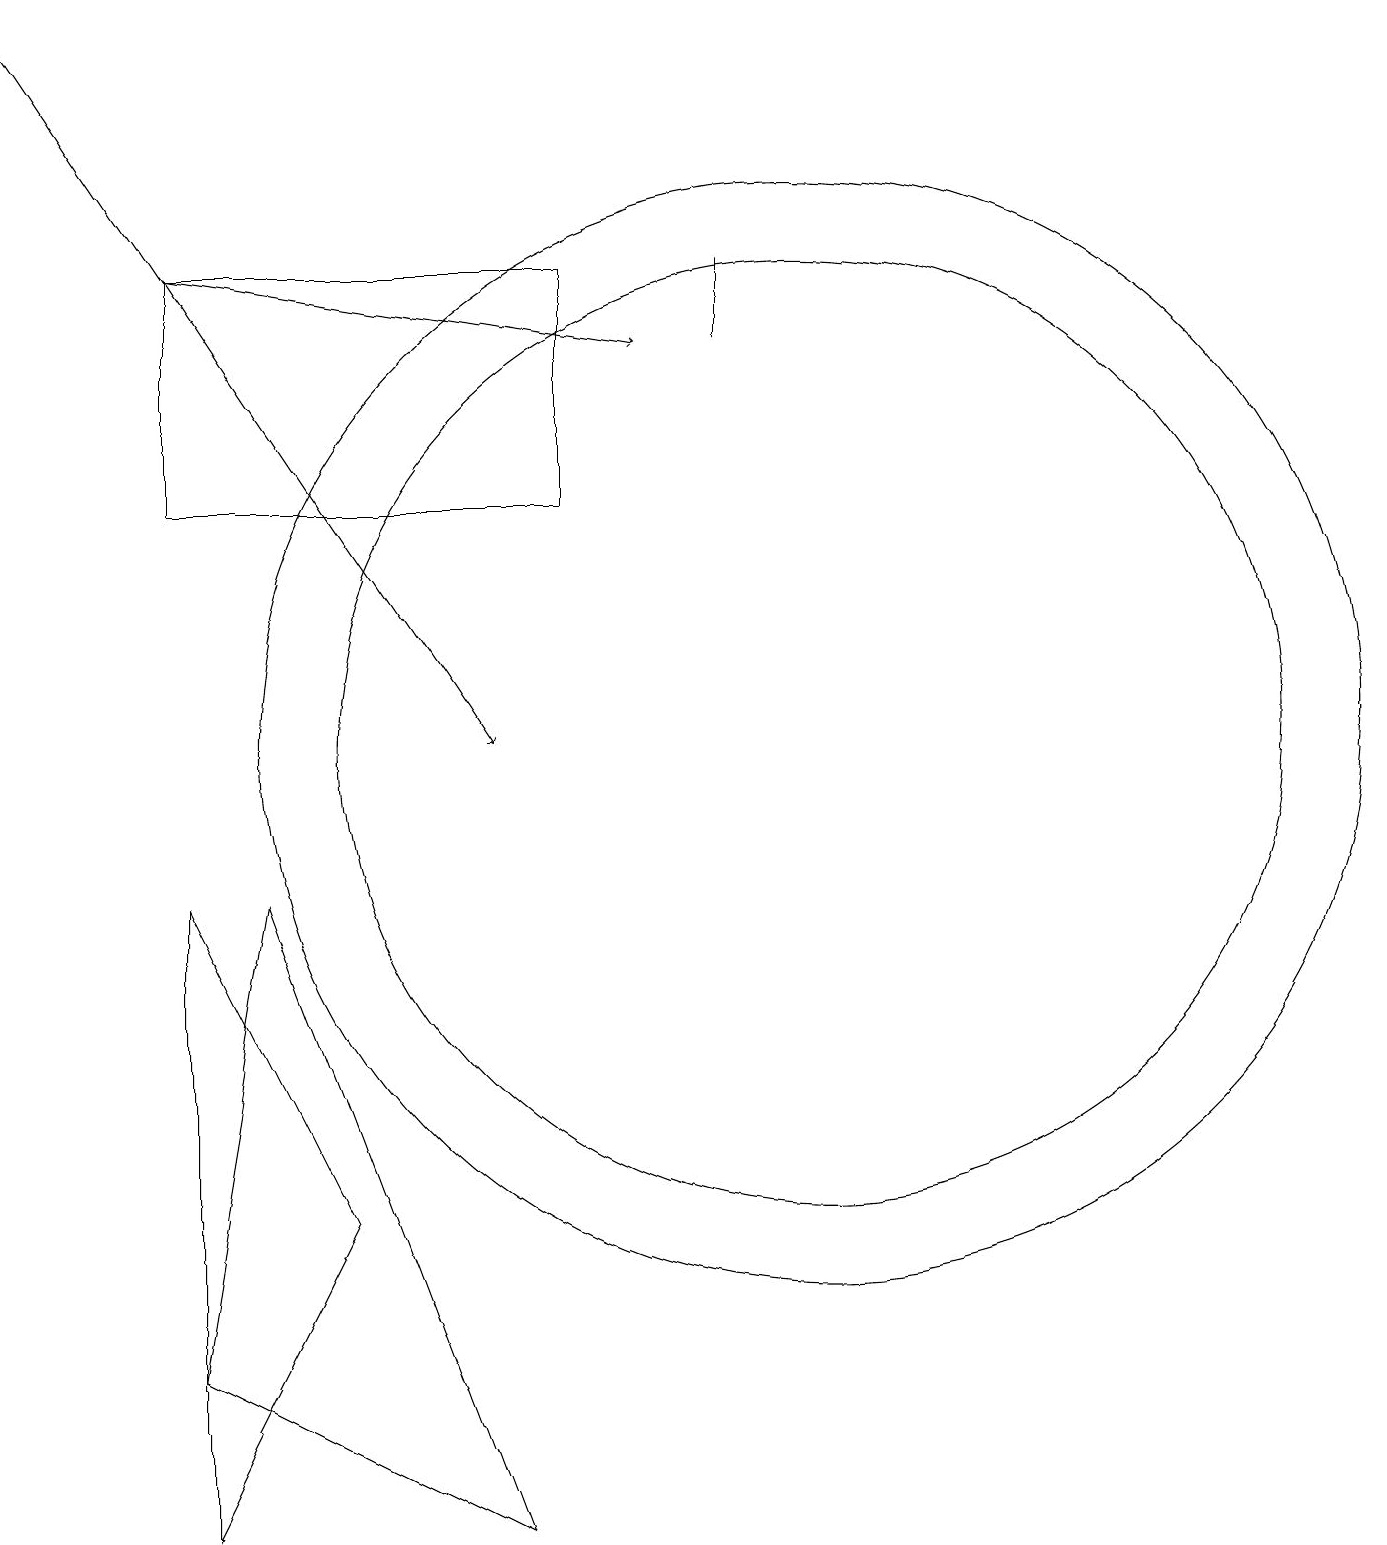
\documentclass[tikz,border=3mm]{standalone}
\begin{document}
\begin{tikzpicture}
\draw (7,16) rectangle (2,13);
\draw (9,16) rectangle (9,15);
\draw (10,10) circle (7);
\draw[->] (0,19) -- (6,10);
\draw[->] (2,16) -- (8,15);
\draw (6,0) -- (2,2) -- (3,8) -- cycle;
\draw (10,10) circle (6);
\draw (2,0) -- (2,8) -- (4,4) -- cycle;
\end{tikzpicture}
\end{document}